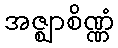
အဇ္ဈာစိဏ္ဏံ